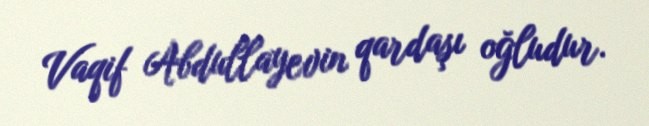
Vaqif Abdullayevin qardaşı oğludur.